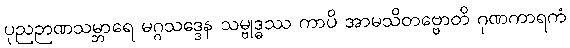
ပုညဉာဏသမ္ဘာရေ မဂ္ဂသဒ္ဒေန သမ္ဗုဒ္ဓဿ ကာပိ အာမသိတဗ္ဗောတိ ဂုဏကာရကံ